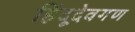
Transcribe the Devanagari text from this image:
हिंदूदेवगण